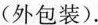
外包装).